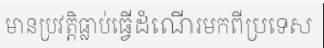
មានប្រវត្តិធ្លាប់ធ្វើដំណើរមកពីប្រទេស